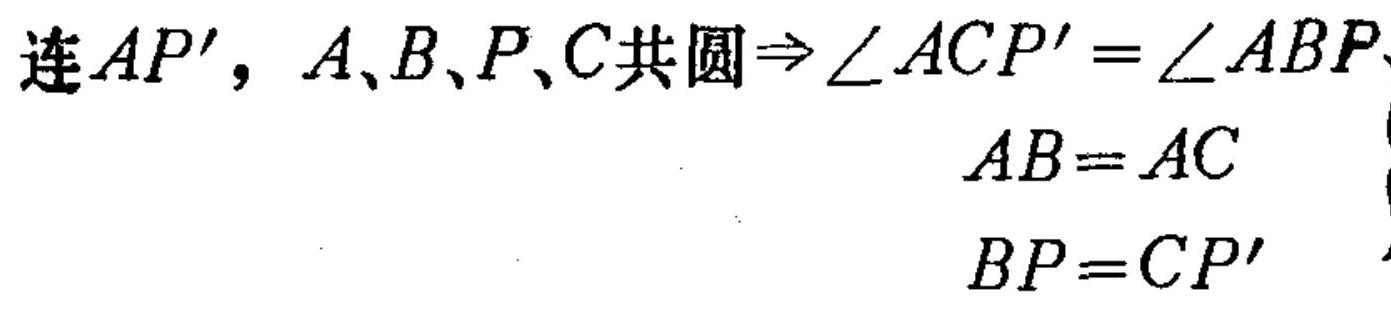
连$AP'$，$A、B、P、C共圆\Rightarrow \angle ACP' = \angle ABP$
$AB = AC$
$BP = CP'$